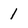
Character: 1